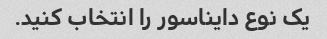
یک نوع دایناسور را انتخاب کنید.